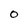
Character: 0